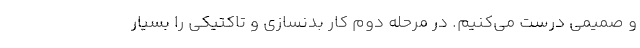
و صمیمی درست می‌کنیم. در مرحله دوم کار بدنسازی و تاکتیکی را بسیار